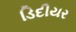
ડિદીયર